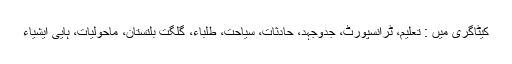
کیٹاگری میں : تعلیم، ٹرانسپورٹ، جدوجہد، حادثات، سیاحت، طلباء، گلگت بلتستان، ماحولیات، ہاؑیی ایشیاء